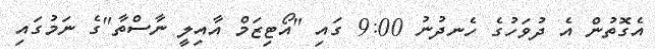
އެގޮތުން އެ ދުވަހުގެ ހެނދުނު 9:00 ގައި "އޯޓިޒަމް އާއިލީ ނާސްތާ"ގެ ނަމުގައި